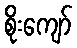
စိုးကျော်